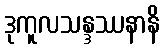
ဒုကူလသန္ဒဿနာနိ